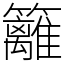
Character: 籬